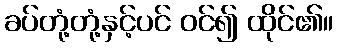
ခပ်တုံ့တုံ့နှင့်ပင် ဝင်၍ ထိုင်၏။